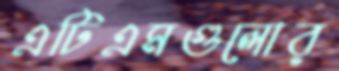
এটিএমগুলোর